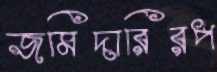
জমিদারিরপ